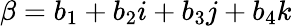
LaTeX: \beta=b_{1}+b_{2}i+b_{3}j+b_{4}k